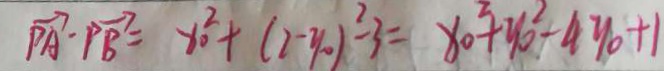
\overrightarrow { P A } \cdot \overrightarrow { P B } = x _ { 0 } ^ { 2 } + ( 2 - y _ { 0 } ) ^ { 2 } - 3 = x _ { o } ^ { 2 } + y o ^ { 2 } - 4 y o + 1